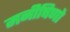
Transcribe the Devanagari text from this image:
मनीषिणो